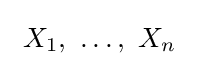
\ X_{1},\ \ldots ,\ X_{n}\